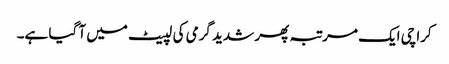
کراچی ایک مرتبہ پھر شدید گرمی کی لپیٹ میں آ گیا ہے۔